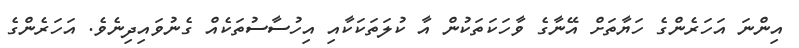
އިންނަ އަހަރެންގެ ހަޔާތަށް އޭނާގެ ވާހަކަތަކުން އާ ކުލަތަކަކާއި އިހުސާސުތަކެއް ގެނުވައިދިނެވެ. އަހަރެންގެ